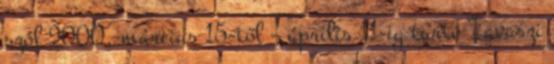
szól 2000. március 15-től – április 11-ig tartó Tavaszi